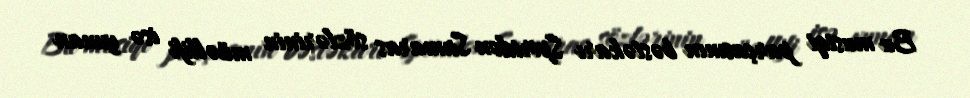
Bu musiqi parçasının bəstəkarı Spiridon Samaras sözlərinin müəllifi isə yunan